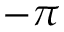
- \pi